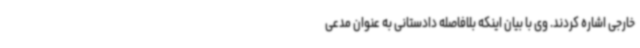
خارجی اشاره کردند. وی با بیان اینکه بلافاصله دادستانی به عنوان مدعی